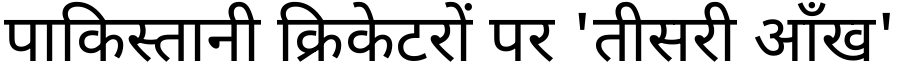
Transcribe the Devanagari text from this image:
पाकिस्तानी क्रिकेटरों पर 'तीसरी आँख'